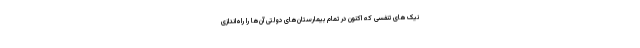
نیک‌های تنفسی که اکنون در تمام بیمارستان‌های دولتی آن‌ها را راه‌اندازی